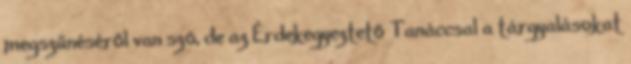
megszűnéséről van szó, de az Érdekegyeztető Tanáccsal a tárgyalásokat